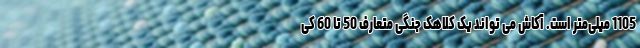
1105 میلی‌متر است. آکاش می تواند یک کلاهک جنگی متعارف 50 تا 60 کی